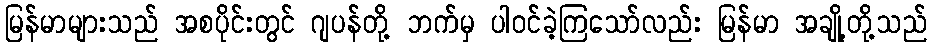
မြန်မာများသည် အစပိုင်းတွင် ဂျပန်တို့ ဘက်မှ ပါဝင်ခဲ့ကြသော်လည်း မြန်မာ အချို့တို့သည်